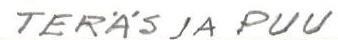
TERÄS JA PUU